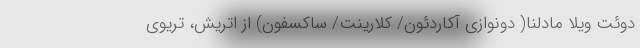
دوئت ویلا مادلنا( دونوازی آکاردئون/ کلارینت/ ساکسفون) از اتریش، تریوی